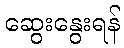
ဆွေးနွေးရန်